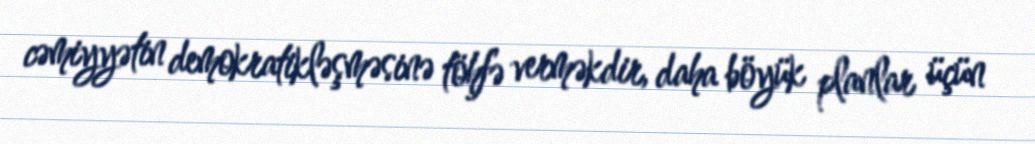
cəmiyyətin demokratikləşməsinə töhfə verməkdir, daha böyük planlar üçün